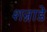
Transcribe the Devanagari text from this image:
शन्नाडे